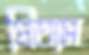
প্রিতাস